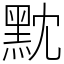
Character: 黕